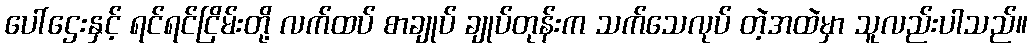
ပေါ်ဌေးနှင့် ရင်ရင်ငြိမ်းတို့ လက်ထပ် စာချုပ် ချုပ်တုန်းက သက်သေလုပ် တဲ့အထဲမှာ သူလည်းပါသည်။